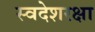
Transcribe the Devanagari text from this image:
स्वदेशरक्षा